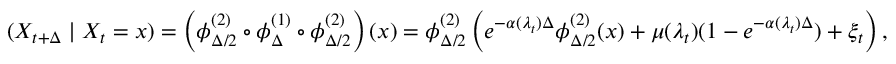
( X _ { t + \Delta } \mid X _ { t } = x ) = \left( \phi _ { \Delta / 2 } ^ { ( 2 ) } \circ \phi _ { \Delta } ^ { ( 1 ) } \circ \phi _ { \Delta / 2 } ^ { ( 2 ) } \right) ( x ) = \phi _ { \Delta / 2 } ^ { ( 2 ) } \left( e ^ { - \alpha ( \lambda _ { t } ) \Delta } \phi _ { \Delta / 2 } ^ { ( 2 ) } ( x ) + \mu ( \lambda _ { t } ) ( 1 - e ^ { - \alpha ( \lambda _ { t } ) \Delta } ) + \xi _ { t } \right) ,